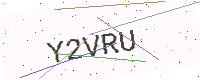
Text: Y2VRU